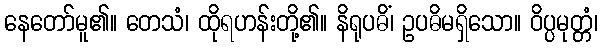
နေတော်မူ၏။ တေသံ၊ ထိုရဟန်းတို့၏။ နိရုပဓိံ၊ ဥပဓိမရှိသော။ ဝိပ္ပမုတ္တံ၊